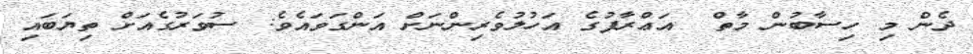
ދެން މި ހިސާބުން މާތް  އަޢްރާފުގެ އަހުލުވެރިންނަށް އަންގަވައެވެ: ސުވަރުގެއަށް ތިޔަބައި